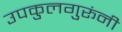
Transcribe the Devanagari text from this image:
उपकुलगुरूंनी